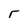
Character: r